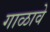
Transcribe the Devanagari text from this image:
गाळावे